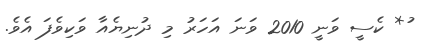
ު* ކެސީ ވަނީ 2010 ވަނަ އަހަރު މި ދުނިޔެއާ ވަކިވެފަ އެވެ.